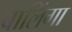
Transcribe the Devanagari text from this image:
बालिंगा